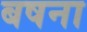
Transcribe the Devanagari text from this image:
बषना